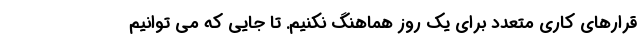
قرارهای کاری متعدد برای یک روز هماهنگ نکنیم. تا جایی که می توانیم